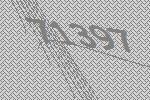
71397